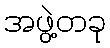
အဖွဲ့တခု